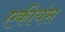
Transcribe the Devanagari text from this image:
एकीयंस